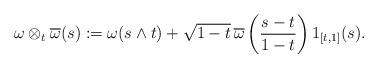
LaTeX: \begin{align*}\omega \otimes_t \overline\omega (s) := \omega(s \wedge t) + \sqrt{1-t}\,\overline\omega\left(\frac{s-t}{1-t}\right)1_{[t,1]}(s).\end{align*}